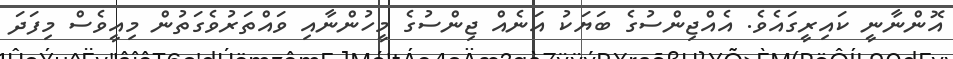
އޮންނާނީ ކައިރީގައެވެ. އެއްޖިންސުގެ ބަޔަކު އަނެއް ޖިންސުގެ މީހުންނާއި ވައްތަރުވެގަތުން މިއީވެސް މިފަދަ